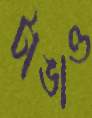
টাঙাও